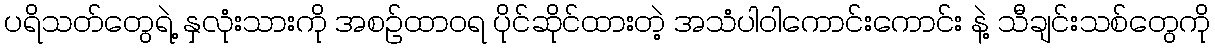
ပရိသတ်တွေရဲ့ နှလုံးသားကို အစဉ်ထာဝရ ပိုင်ဆိုင်ထားတဲ့ အသံပါဝါကောင်းကောင်း နဲ့ သီချင်းသစ်တွေကို